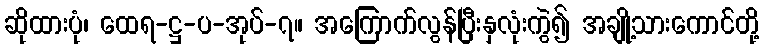
ဆိုထားပုံ၊ ထေရ-ဋ္ဌ-ပ-အုပ်-၇။ အကြောက်လွန်ပြီးနှလုံးကွဲ၍ အချို့သားကောင်တို့